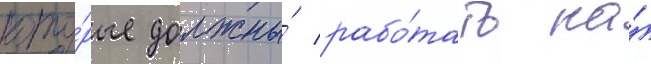
кото́рые должны́ рабо́тать на́